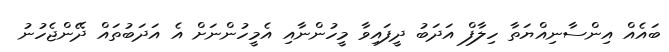
ބައެއް އިންސާނިއްޔަތާ ހިލާފް އަދަބު ދީފައިވާ މީހުންނާއި އެމީހުންނަށް އެ އަދަބުތައް ދޭންޖެހުނު